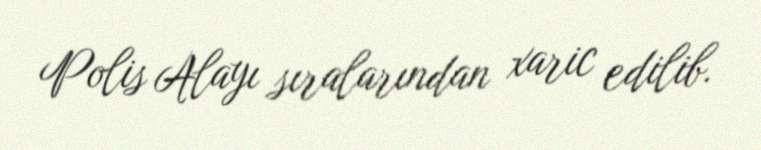
Polis Alayı sıralarından xaric edilib.